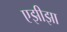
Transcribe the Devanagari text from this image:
एझीझा